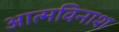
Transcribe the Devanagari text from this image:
आत्मविनाश